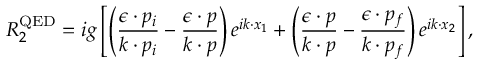
{ \cal R } _ { 2 } ^ { \mathrm { Q E D } } = i g \left[ \left( \frac { \epsilon \cdot p _ { i } } { k \cdot p _ { i } } - \frac { \epsilon \cdot p } { k \cdot p } \right) e ^ { i k \cdot x _ { 1 } } + \left( \frac { \epsilon \cdot p } { k \cdot p } - \frac { \epsilon \cdot p _ { f } } { k \cdot p _ { f } } \right) e ^ { i k \cdot x _ { 2 } } \right] ,